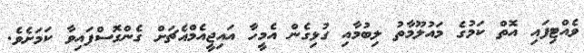
ވެއްޓިފައި އޮތް ކަމުގެ މައުލޫމާތު ލިބުމާއި ގުޅިގެން އެމީހާ އައިޖީއެމްއެޗަށް ގެންގޮސްފައިވާ ކަމަށެވެ.